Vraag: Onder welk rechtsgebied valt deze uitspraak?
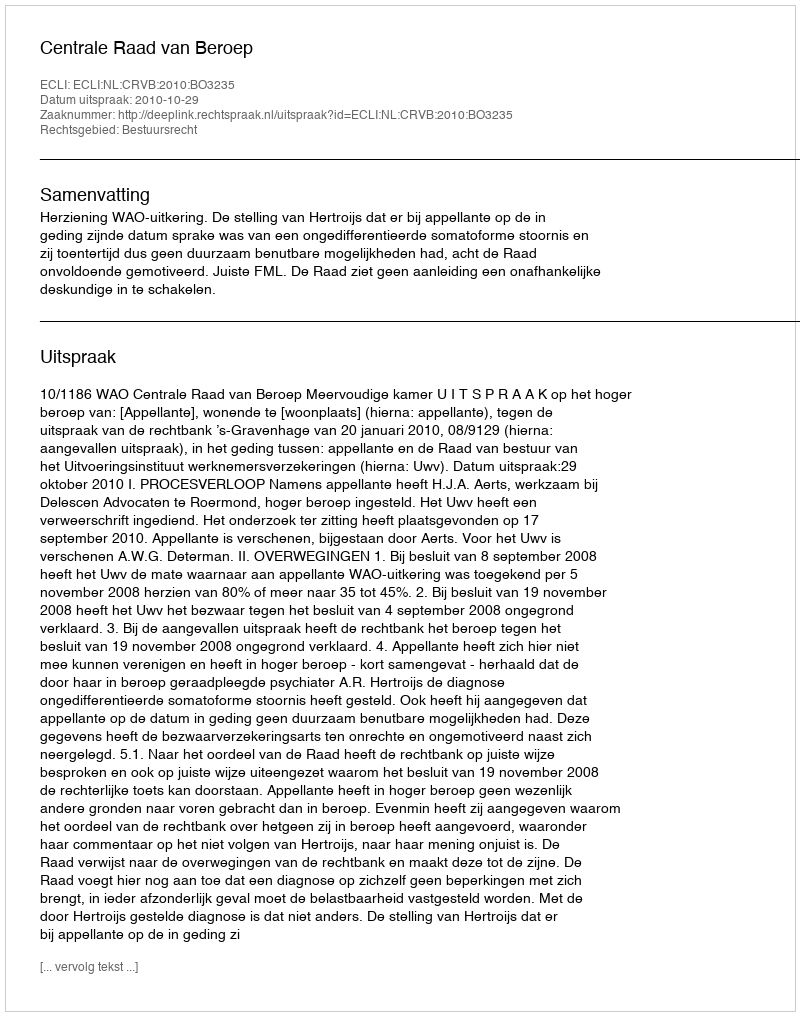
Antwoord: Bestuursrecht